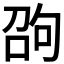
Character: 𠣫